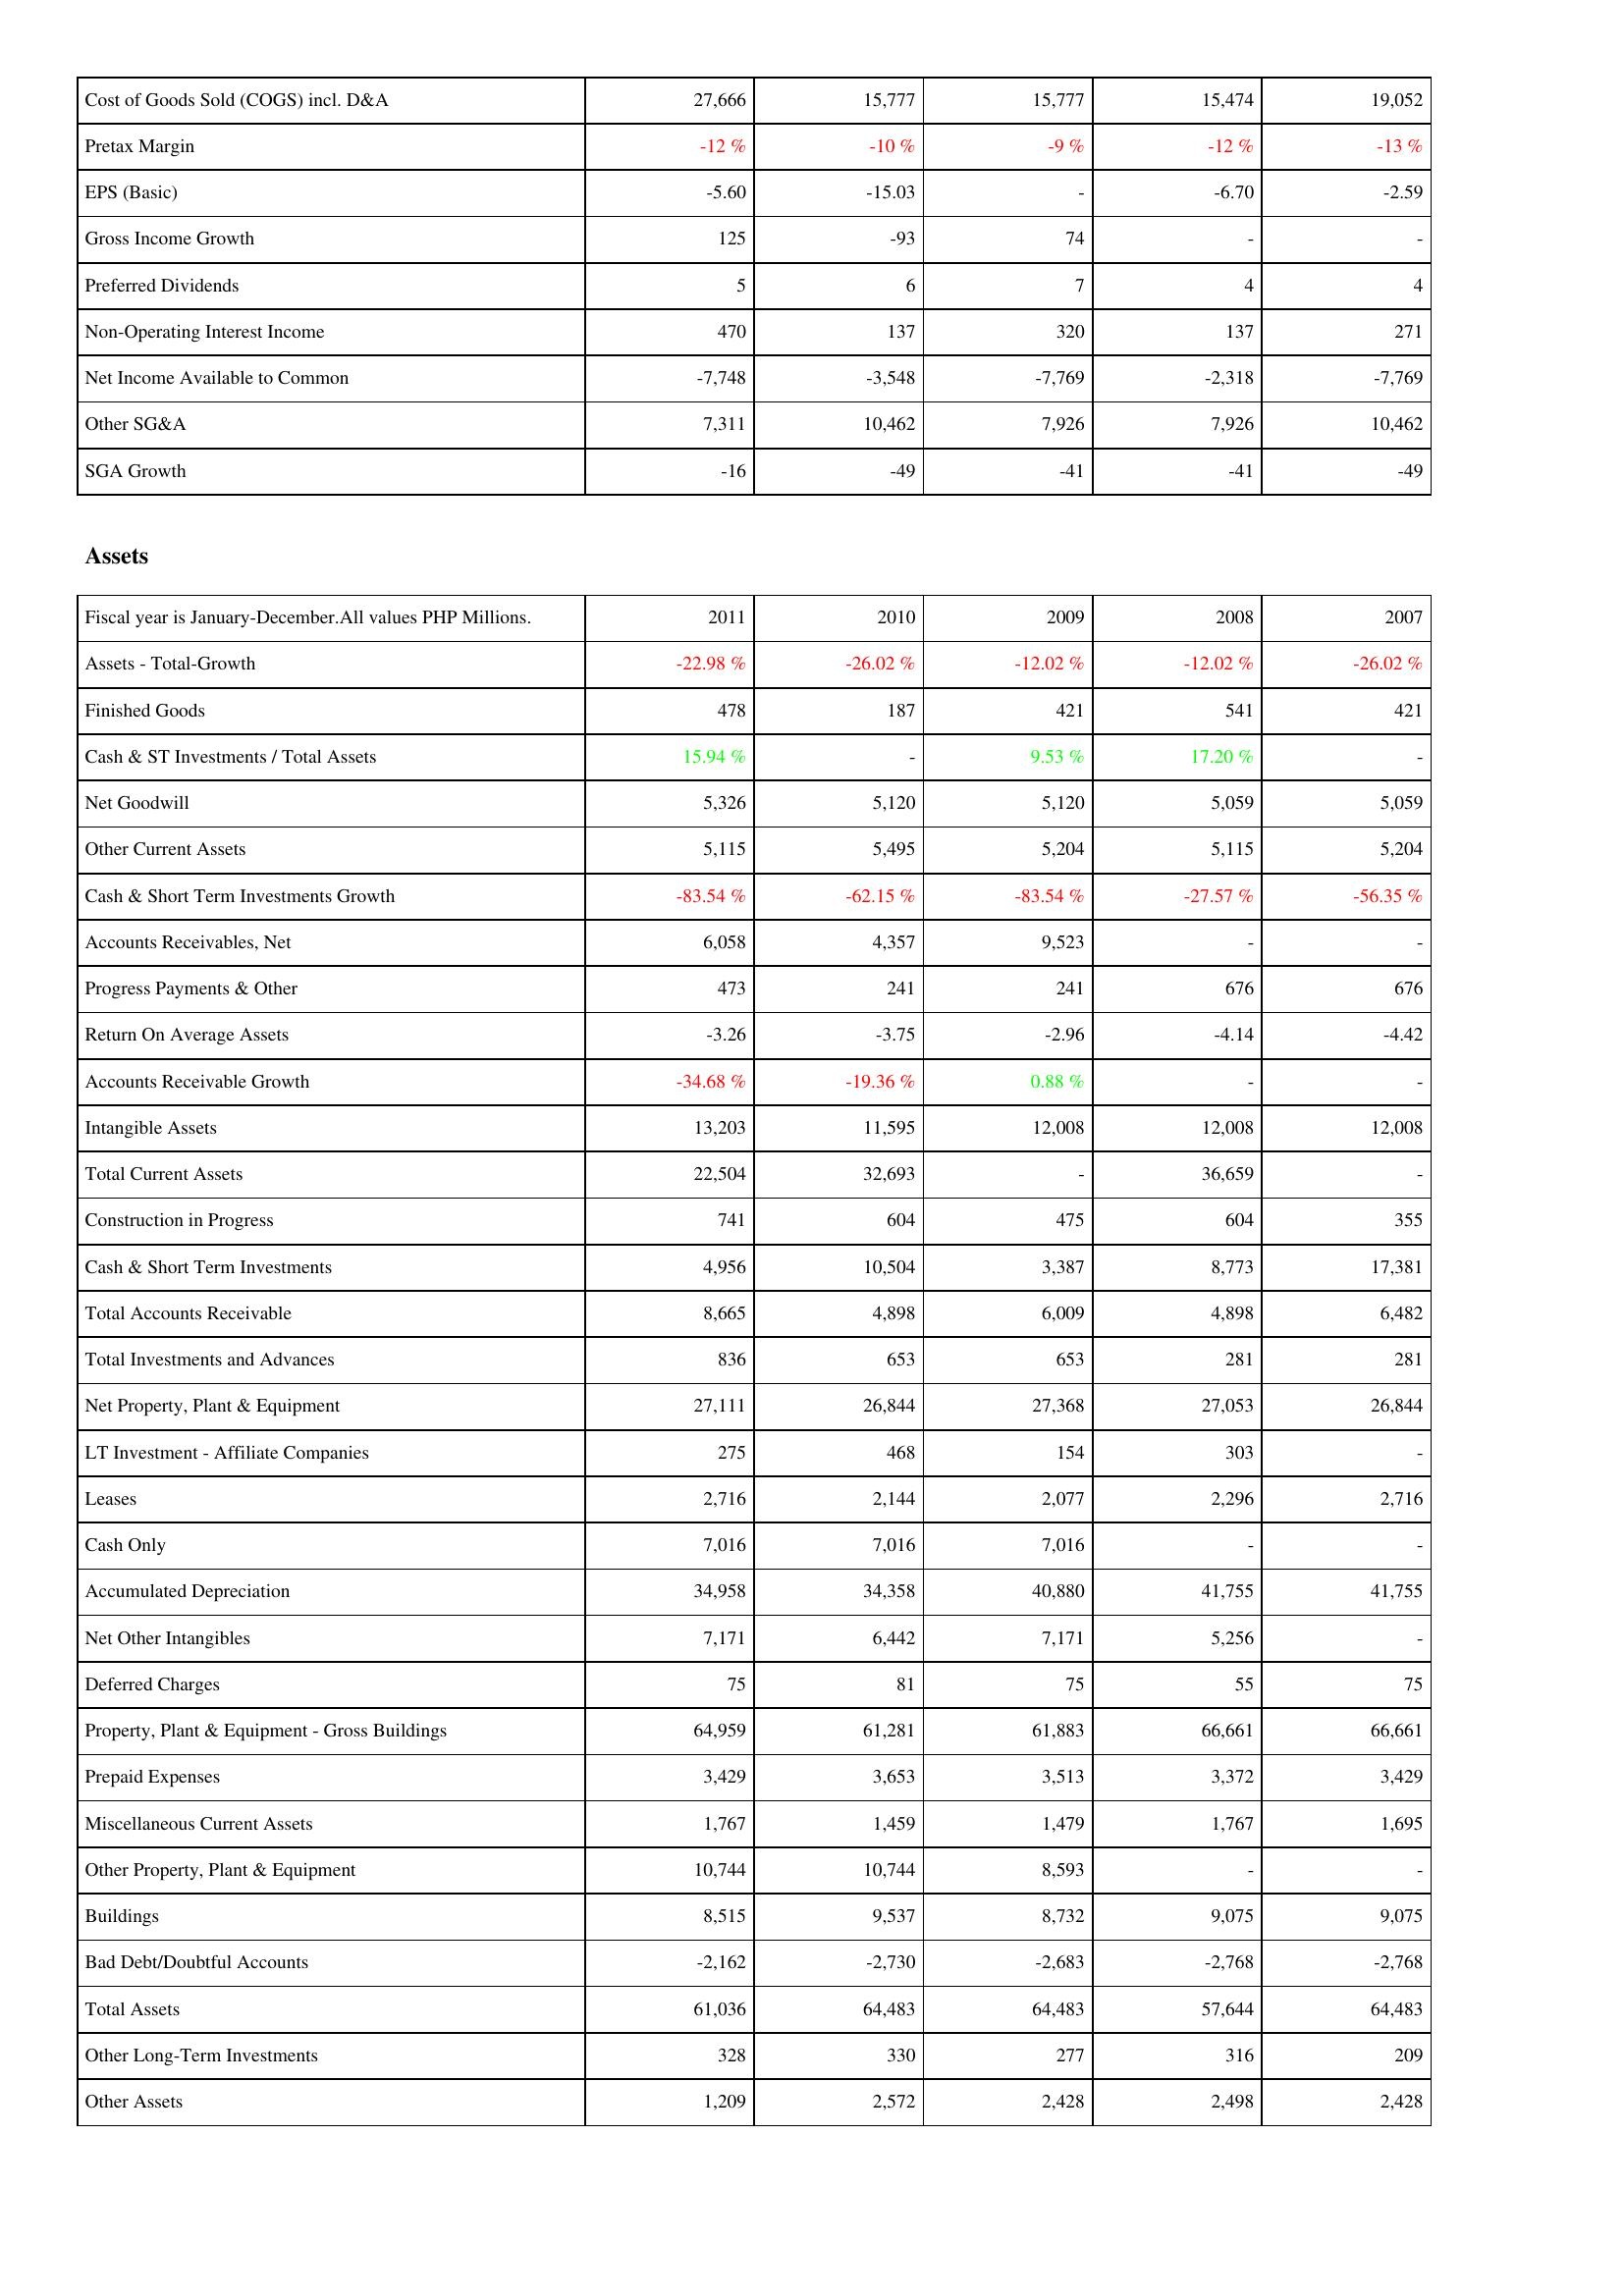
2011: Income Statement: Cost of Goods Sold (COGS) incl. D&A: 27,666
Pretax Margin: -12 %
EPS (Basic): -5.60
Gross Income Growth: 125
Preferred Dividends: 5
Non-Operating Interest Income: 470
Net Income Available to Common: -7,748
Other SG&A: 7,311
SGA Growth: -16
Assets: Assets - Total-Growth: -22.98 %
Finished Goods: 478
Cash & ST Investments / Total Assets: 15.94 %
Net Goodwill: 5,326
Other Current Assets: 5,115
Cash & Short Term Investments Growth: -83.54 %
Accounts Receivables, Net: 6,058
Progress Payments & Other: 473
Return On Average Assets: -3.26
Accounts Receivable Growth: -34.68 %
Intangible Assets: 13,203
Total Current Assets: 22,504
Construction in Progress: 741
Cash & Short Term Investments: 4,956
Total Accounts Receivable: 8,665
Total Investments and Advances: 836
Net Property, Plant & Equipment: 27,111
LT Investment - Affiliate Companies: 275
Leases: 2,716
Cash Only: 7,016
Accumulated Depreciation: 34,958
Net Other Intangibles: 7,171
Deferred Charges: 75
Property, Plant & Equipment - Gross Buildings: 64,959
Prepaid Expenses: 3,429
Miscellaneous Current Assets: 1,767
Other Property, Plant & Equipment: 10,744
Buildings: 8,515
Bad Debt/Doubtful Accounts: -2,162
Total Assets: 61,036
Other Long-Term Investments: 328
Other Assets: 1,209
2010: Income Statement: Cost of Goods Sold (COGS) incl. D&A: 15,777
Pretax Margin: -10 %
EPS (Basic): -15.03
Gross Income Growth: -93
Preferred Dividends: 6
Non-Operating Interest Income: 137
Net Income Available to Common: -3,548
Other SG&A: 10,462
SGA Growth: -49
Assets: Assets - Total-Growth: -26.02 %
Finished Goods: 187
Cash & ST Investments / Total Assets: -
Net Goodwill: 5,120
Other Current Assets: 5,495
Cash & Short Term Investments Growth: -62.15 %
Accounts Receivables, Net: 4,357
Progress Payments & Other: 241
Return On Average Assets: -3.75
Accounts Receivable Growth: -19.36 %
Intangible Assets: 11,595
Total Current Assets: 32,693
Construction in Progress: 604
Cash & Short Term Investments: 10,504
Total Accounts Receivable: 4,898
Total Investments and Advances: 653
Net Property, Plant & Equipment: 26,844
LT Investment - Affiliate Companies: 468
Leases: 2,144
Cash Only: 7,016
Accumulated Depreciation: 34,358
Net Other Intangibles: 6,442
Deferred Charges: 81
Property, Plant & Equipment - Gross Buildings: 61,281
Prepaid Expenses: 3,653
Miscellaneous Current Assets: 1,459
Other Property, Plant & Equipment: 10,744
Buildings: 9,537
Bad Debt/Doubtful Accounts: -2,730
Total Assets: 64,483
Other Long-Term Investments: 330
Other Assets: 2,572
2009: Income Statement: Cost of Goods Sold (COGS) incl. D&A: 15,777
Pretax Margin: -9 %
EPS (Basic): -
Gross Income Growth: 74
Preferred Dividends: 7
Non-Operating Interest Income: 320
Net Income Available to Common: -7,769
Other SG&A: 7,926
SGA Growth: -41
Assets: Assets - Total-Growth: -12.02 %
Finished Goods: 421
Cash & ST Investments / Total Assets: 9.53 %
Net Goodwill: 5,120
Other Current Assets: 5,204
Cash & Short Term Investments Growth: -83.54 %
Accounts Receivables, Net: 9,523
Progress Payments & Other: 241
Return On Average Assets: -2.96
Accounts Receivable Growth: 0.88 %
Intangible Assets: 12,008
Total Current Assets: -
Construction in Progress: 475
Cash & Short Term Investments: 3,387
Total Accounts Receivable: 6,009
Total Investments and Advances: 653
Net Property, Plant & Equipment: 27,368
LT Investment - Affiliate Companies: 154
Leases: 2,077
Cash Only: 7,016
Accumulated Depreciation: 40,880
Net Other Intangibles: 7,171
Deferred Charges: 75
Property, Plant & Equipment - Gross Buildings: 61,883
Prepaid Expenses: 3,513
Miscellaneous Current Assets: 1,479
Other Property, Plant & Equipment: 8,593
Buildings: 8,732
Bad Debt/Doubtful Accounts: -2,683
Total Assets: 64,483
Other Long-Term Investments: 277
Other Assets: 2,428
2008: Income Statement: Cost of Goods Sold (COGS) incl. D&A: 15,474
Pretax Margin: -12 %
EPS (Basic): -6.70
Gross Income Growth: -
Preferred Dividends: 4
Non-Operating Interest Income: 137
Net Income Available to Common: -2,318
Other SG&A: 7,926
SGA Growth: -41
Assets: Assets - Total-Growth: -12.02 %
Finished Goods: 541
Cash & ST Investments / Total Assets: 17.20 %
Net Goodwill: 5,059
Other Current Assets: 5,115
Cash & Short Term Investments Growth: -27.57 %
Accounts Receivables, Net: -
Progress Payments & Other: 676
Return On Average Assets: -4.14
Accounts Receivable Growth: -
Intangible Assets: 12,008
Total Current Assets: 36,659
Construction in Progress: 604
Cash & Short Term Investments: 8,773
Total Accounts Receivable: 4,898
Total Investments and Advances: 281
Net Property, Plant & Equipment: 27,053
LT Investment - Affiliate Companies: 303
Leases: 2,296
Cash Only: -
Accumulated Depreciation: 41,755
Net Other Intangibles: 5,256
Deferred Charges: 55
Property, Plant & Equipment - Gross Buildings: 66,661
Prepaid Expenses: 3,372
Miscellaneous Current Assets: 1,767
Other Property, Plant & Equipment: -
Buildings: 9,075
Bad Debt/Doubtful Accounts: -2,768
Total Assets: 57,644
Other Long-Term Investments: 316
Other Assets: 2,498
2007: Income Statement: Cost of Goods Sold (COGS) incl. D&A: 19,052
Pretax Margin: -13 %
EPS (Basic): -2.59
Gross Income Growth: -
Preferred Dividends: 4
Non-Operating Interest Income: 271
Net Income Available to Common: -7,769
Other SG&A: 10,462
SGA Growth: -49
Assets: Assets - Total-Growth: -26.02 %
Finished Goods: 421
Cash & ST Investments / Total Assets: -
Net Goodwill: 5,059
Other Current Assets: 5,204
Cash & Short Term Investments Growth: -56.35 %
Accounts Receivables, Net: -
Progress Payments & Other: 676
Return On Average Assets: -4.42
Accounts Receivable Growth: -
Intangible Assets: 12,008
Total Current Assets: -
Construction in Progress: 355
Cash & Short Term Investments: 17,381
Total Accounts Receivable: 6,482
Total Investments and Advances: 281
Net Property, Plant & Equipment: 26,844
LT Investment - Affiliate Companies: -
Leases: 2,716
Cash Only: -
Accumulated Depreciation: 41,755
Net Other Intangibles: -
Deferred Charges: 75
Property, Plant & Equipment - Gross Buildings: 66,661
Prepaid Expenses: 3,429
Miscellaneous Current Assets: 1,695
Other Property, Plant & Equipment: -
Buildings: 9,075
Bad Debt/Doubtful Accounts: -2,768
Total Assets: 64,483
Other Long-Term Investments: 209
Other Assets: 2,428